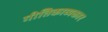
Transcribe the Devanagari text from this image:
गीतिकाव्यकार